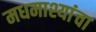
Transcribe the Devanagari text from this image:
मधमाश्यांंचा